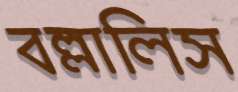
বল্লালিস